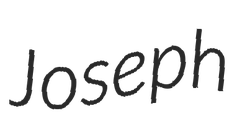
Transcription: Joseph